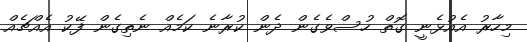
މިހާރު އެއުޅެނީ ގޮތް ހުސްވެގެން ދެން ކުރާނެ ކަމެއް ނެތިގެން ފޭކު އެއްޗެއް